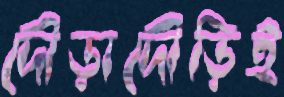
দৌড়াদৌড়িই